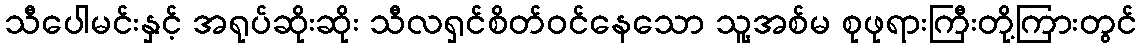
သီပေါမင်းနှင့် အရုပ်ဆိုးဆိုး သီလရှင်စိတ်ဝင်နေသော သူ့အစ်မ စုဖုရားကြီးတို့ကြားတွင်